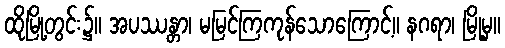
ထိုမြို့တွင်း၌။ အပဿန္တာ၊ မမြင်ကြကုန်သောကြောင့်။ နဂရာ၊ မြို့မှ။